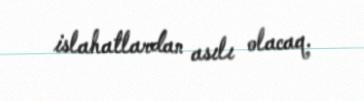
islahatlardan asılı olacaq.